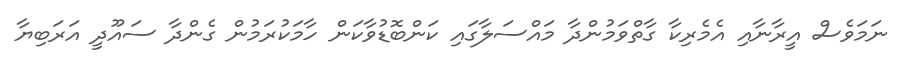
ނަމަވެސް އީރާނާއި އެމެރިކާ ގާތްވަމުންދާ މައްސަލާގައި ކަންބޮޑުވާކަން ހާމަކުރަމުން ގެންދާ ސައޫދީ އަރަބިޔާ